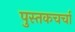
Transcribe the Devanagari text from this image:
पुस्तकचर्चा